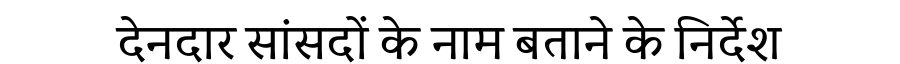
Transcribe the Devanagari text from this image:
देनदार सांसदों के नाम बताने के निर्देश